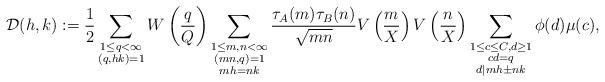
LaTeX: \begin{align*}\mathcal{D}(h,k):= \frac{1}{2}\sum_{\substack{1\leq q<\infty \\ (q,hk)=1}} W\left( \frac{q}{Q}\right) \sum_{\substack{1\leq m,n<\infty \\ (mn,q)=1\\ mh=nk}} \frac{\tau_A(m) \tau_B(n) }{\sqrt{mn}}V\left( \frac{m}{X} \right) V\left( \frac{n}{X} \right)\sum_{\substack{1\leq c\leq C, d \geq 1 \\ cd=q \\ d|mh\pm nk}}\phi(d)\mu(c),\end{align*}